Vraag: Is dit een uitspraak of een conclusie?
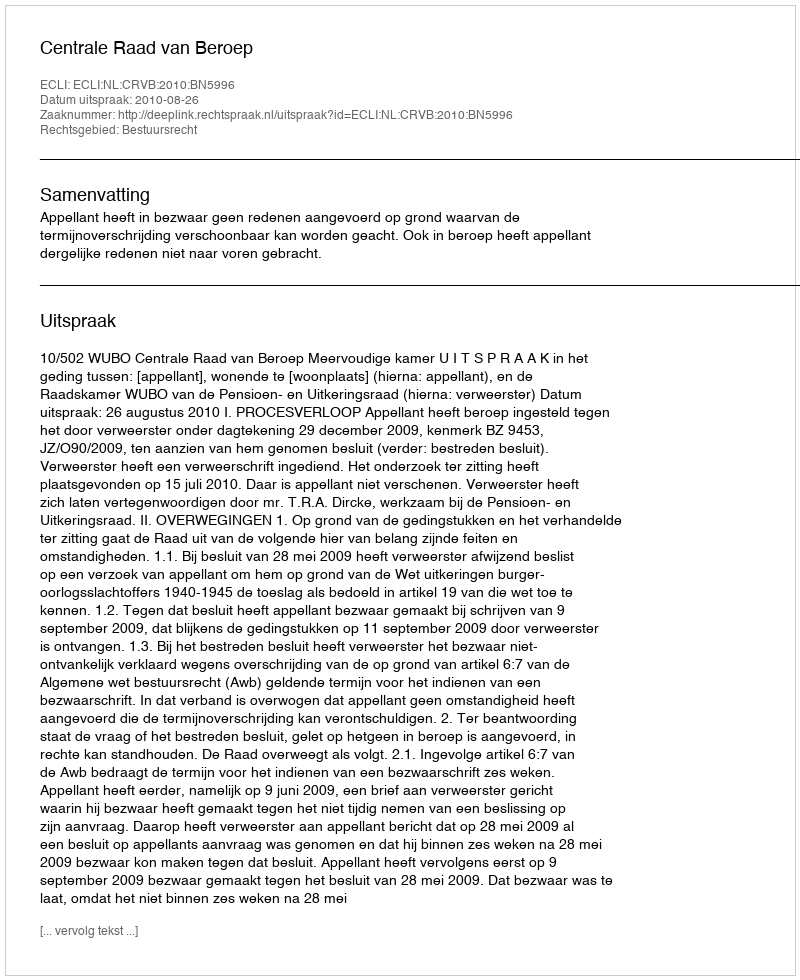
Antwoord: Uitspraak